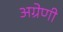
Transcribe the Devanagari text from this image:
अग्रेणी